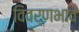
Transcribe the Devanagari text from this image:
विवर्णभावं